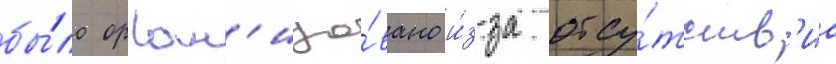
бы́ло орган'изо́вано и́з-за отсу́тств'иа